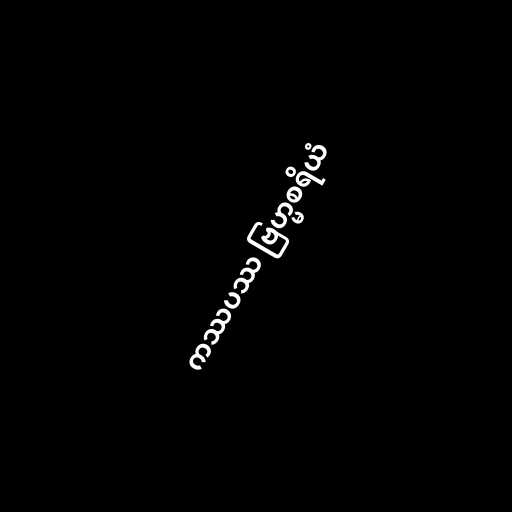
ကဿပဿ ဗြဟ္မစရိယံ